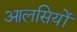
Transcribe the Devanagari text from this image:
आलसियों